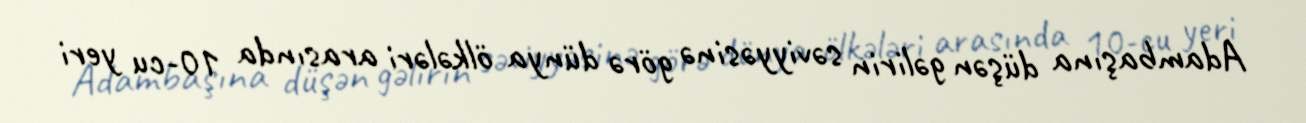
Adambaşına düşən gəlirin səviyyəsinə görə dünya ölkələri arasında 10-cu yeri